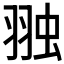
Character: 𮶋